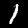
Label: 1